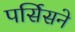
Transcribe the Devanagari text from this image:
पर्सिसने